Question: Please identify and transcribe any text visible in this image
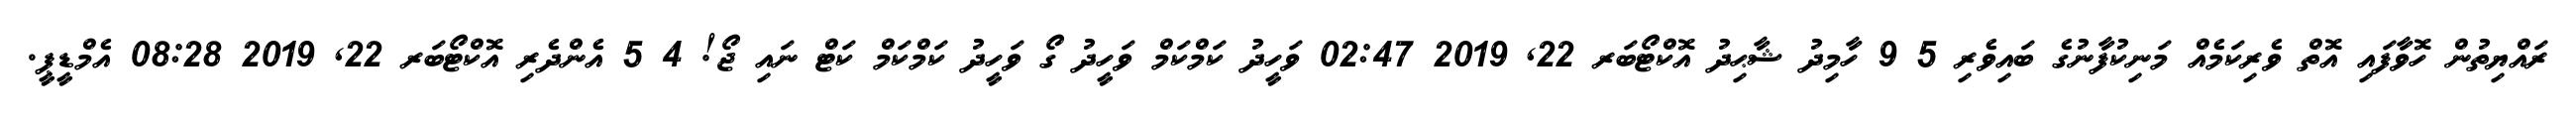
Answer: ރައްޔިތުން ހޮވާފައި އޮތް ވެރިކަމެއް މަނިކުފާނުގެ ބައިވެރި 5 9 ހާމިދު ޝާޙިދު އޮކްޓޯބަރ 22, 2019 02:47 ވަހީދު ކަމްކަމް ވަހީދު ގޯ ވަހީދު ކަމްކަމް ކަޓް ނައި ޖޯ! 4 5 އެންދެރި އޮކްޓޯބަރ 22, 2019 08:28 އެމްޑީޕީ.